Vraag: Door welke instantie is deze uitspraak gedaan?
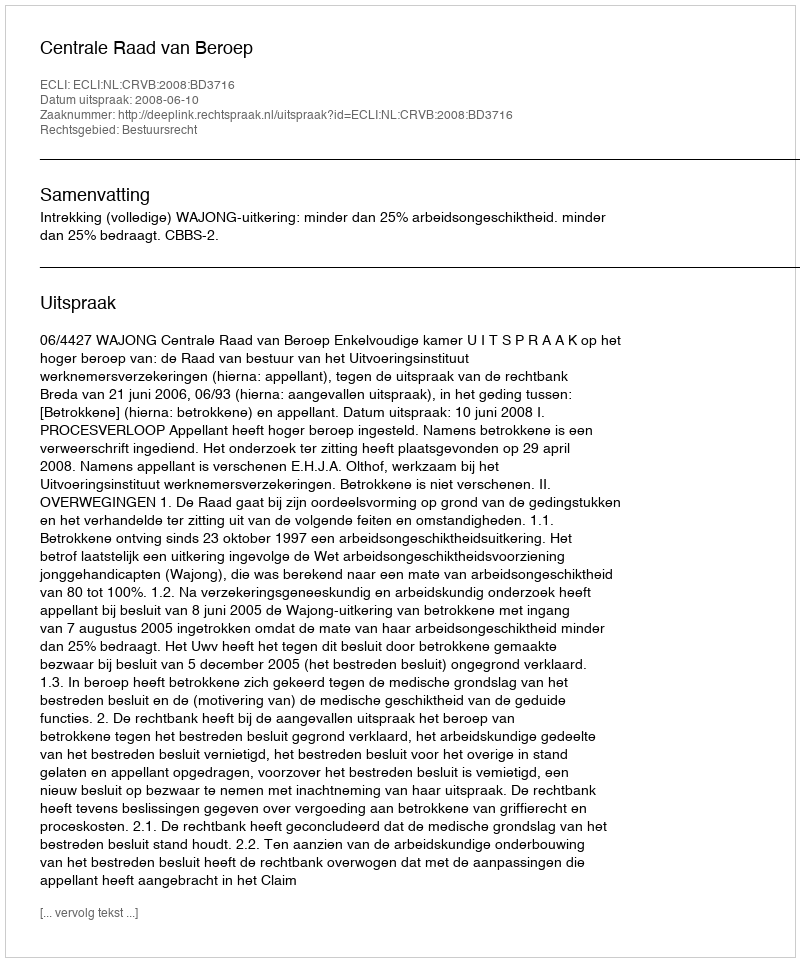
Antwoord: Centrale Raad van Beroep